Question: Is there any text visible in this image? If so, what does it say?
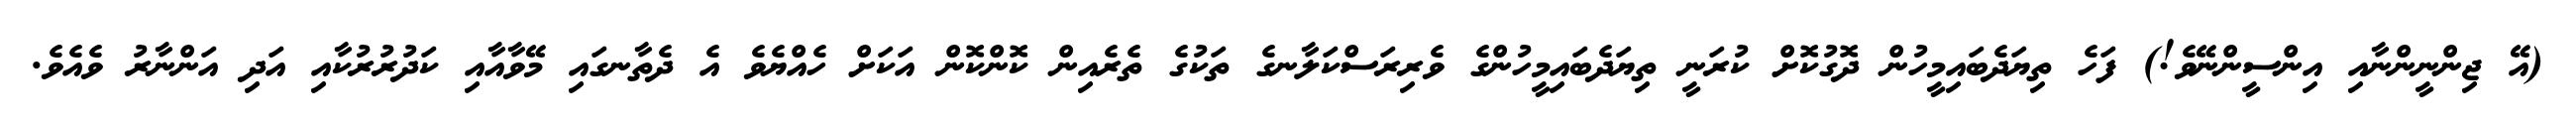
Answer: (އޭ ޖިންނީންނާއި އިންސީންނޭވެ!) ފަހެ ތިޔަދެބައިމީހުން ދޮގުކޮށް ކުރަނީ ތިޔަދެބައިމީހުންގެ ވެރިރަސްކަލާނގެ ތަކުގެ ތެރެއިން ކޮންކޮން އަކަށް ހެއްޔެވެ އެ ދެތާނގައި މޭވާއާއި ކަދުރުރުކާއި އަދި އަންނާރު ވެއެވެ.